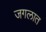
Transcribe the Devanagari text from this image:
जगलात